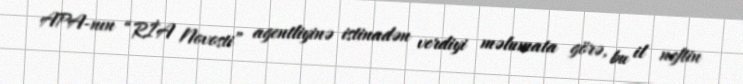
APA-nın “RİA Novosti” agentliyinə istinadən verdiyi məlumata görə, bu il neftin